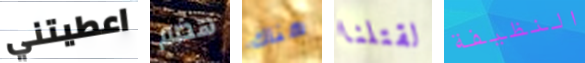
اعطيتني هضم هناك لقتلنا النظيفة